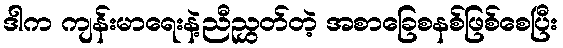
ဒါက ကျန်းမာရေးနဲ့ညီညွှတ်တဲ့ အစာခြေစနစ်ဖြစ်စေပြီး